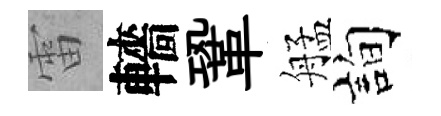
雷轖鞏艋詢